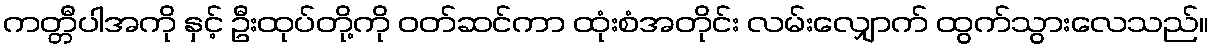
ကတ္တီပါအကို နှင့် ဦးထုပ်တို့ကို ဝတ်ဆင်ကာ ထုံးစံအတိုင်း လမ်းလျှောက် ထွက်သွားလေသည်။